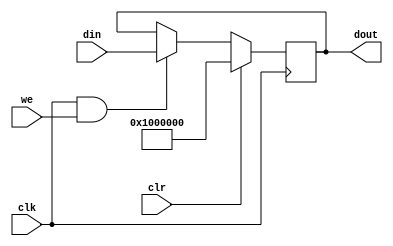
`timescale 1ns / 1ps
//////////////////////////////////////////////////////////////////////////////////
// Company: 
// Engineer: 
// 
// Design Name: 
// Module Name: pc
// Project Name: 
// Target Devices: 
// Tool Versions: 
// Description: 
// 
// Dependencies: 
// 
// Revision:
// Revision 0.01 - File Created
// Additional Comments:
// 
//////////////////////////////////////////////////////////////////////////////////


module pc(
 input wire clr, // synchronous reset
 input wire clk, // clock
 input wire we, // write enable
 input wire [31:0] din, //32-bit input
 output reg [31:0] dout //32-bit output

    );
    
 always @(posedge clk) begin
   if (clr == 1) dout <= 32'h01000000;
   else if (clk == 1 & we == 1) dout <= din; 
 end
endmodule